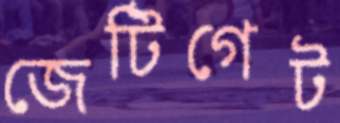
জেটিগেট